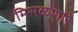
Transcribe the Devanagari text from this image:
मिसळणारे